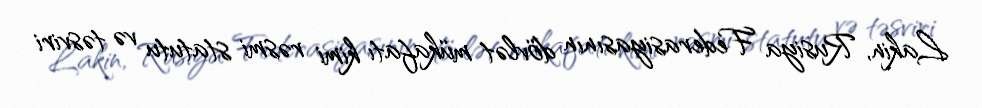
Lakin, Rusiya Federasiyasının dövlət mükafatı kimi rəsmi statutu və təsviri